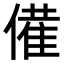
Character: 𬿡